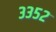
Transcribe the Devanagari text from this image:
३३५२